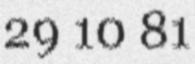
29 10 81